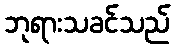
ဘုရားသခင်သည်